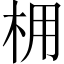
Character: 𪱽